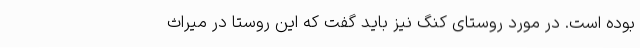
بوده‌ است. در مورد روستای کنگ نیز باید گفت که این روستا در میراث